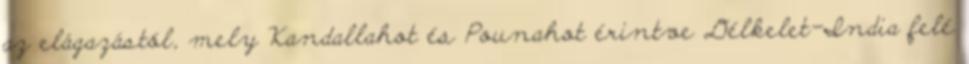
az elágazástól, mely Kandallahot és Pounahot érintve Délkelet-India felé